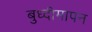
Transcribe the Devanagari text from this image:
बुध्दीमापन